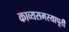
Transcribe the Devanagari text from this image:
काव्यसमस्यापूर्ती